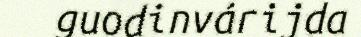
guodinvárijda